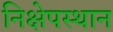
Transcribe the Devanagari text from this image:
निक्षेपस्थान